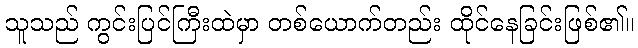
သူသည် ကွင်းပြင်ကြီးထဲမှာ တစ်ယောက်တည်း ထိုင်နေခြင်းဖြစ်၏။